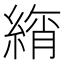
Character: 𦂚